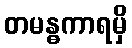
တမန္ဓကာရမှိ